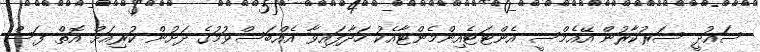
ސައުދީ ސަރުކާރުން އޭއެމްސީ އެންޓަޓެއިންމެންޓާއެކު ހަދާފައިވާ އެއްބަސްވުމުގެ ދަށުން ކުރިއަށް އޮތް ފަސް